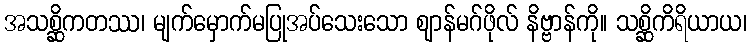
အသစ္ဆိကတဿ၊ မျက်မှောက်မပြုအပ်သေးသော ဈာန်မဂ်ဖိုလ် နိဗ္ဗာန်ကို။ သစ္ဆိကိရိယာယ၊